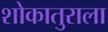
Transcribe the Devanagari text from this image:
शोकातुराला